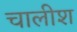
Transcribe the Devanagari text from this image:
चालीश